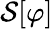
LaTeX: {\mathcal{S}}[\varphi]